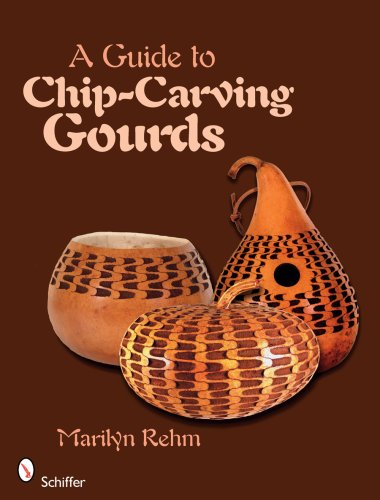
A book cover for A Guide to Chip-Carving Gourds; Marilyn Rehm; Crafts, Hobbies & Home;